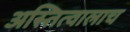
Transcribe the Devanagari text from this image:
अस्तित्वालाच